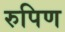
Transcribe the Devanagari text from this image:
रुपिण